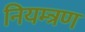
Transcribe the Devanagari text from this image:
नियम्त्रण